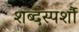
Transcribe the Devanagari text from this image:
शब्दस्पर्शौ